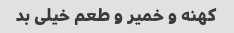
کهنه و خمیر و طعم خیلی بد